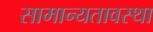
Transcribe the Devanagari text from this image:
सामान्यतावस्था